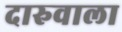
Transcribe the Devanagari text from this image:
दारुवाला